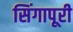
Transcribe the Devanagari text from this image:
सिंगापूरी